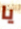
يا